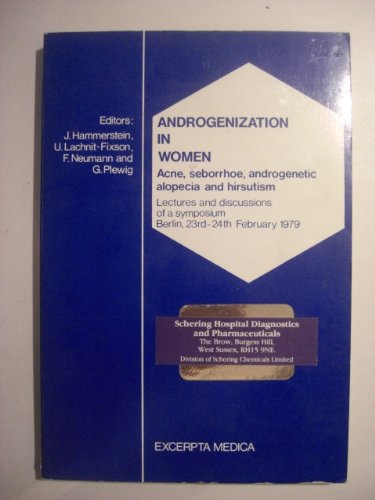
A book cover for Androgenization in women: Acne, seborrhoea, androgenetic alopecia and hirsutism: lectures and discussions of a symposium, Berlin, 23rd-24th February 1979 (International congress series); Health, Fitness & Dieting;